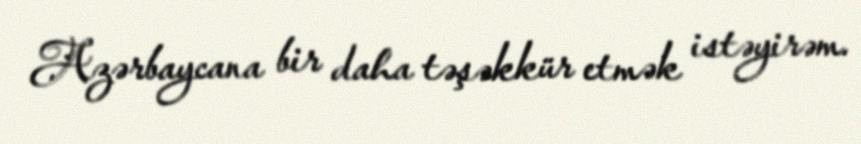
Azərbaycana bir daha təşəkkür etmək istəyirəm.